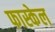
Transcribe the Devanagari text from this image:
फास्केल